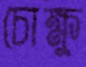
চোক্ষু